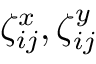
\zeta _ { i j } ^ { x } , \zeta _ { i j } ^ { y }